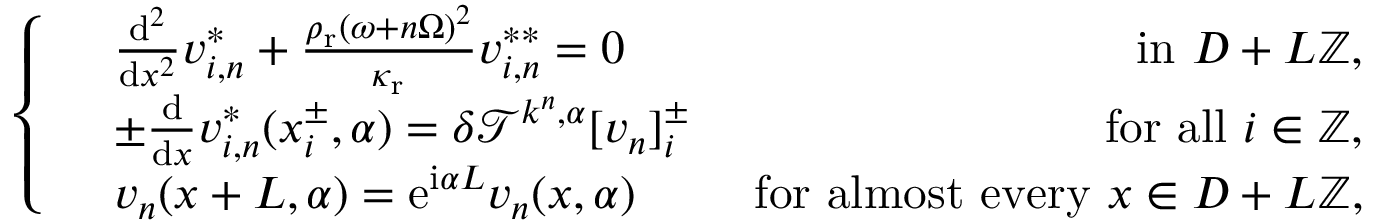
\left\{ \begin{array} { r l r } & { \frac { \mathrm { d } ^ { 2 } } { \mathrm { d } x ^ { 2 } } v _ { i , n } ^ { * } + \frac { \rho _ { \mathrm { r } } ( \omega + n \Omega ) ^ { 2 } } { \kappa _ { \mathrm { r } } } v _ { i , n } ^ { * * } = 0 } & { \mathrm { ~ i n ~ } D + L \mathbb { Z } , } \\ & { \pm \frac { \mathrm { d } } { \mathrm { d } x } v _ { i , n } ^ { * } ( x _ { i } ^ { \pm } , \alpha ) = \delta \mathcal { T } ^ { k ^ { n } , \alpha } [ v _ { n } ] _ { i } ^ { \pm } } & { \mathrm { ~ f o r ~ a l l ~ } i \in \mathbb { Z } , } \\ & { v _ { n } ( x + L , \alpha ) = \mathrm { e } ^ { \mathrm { i } \alpha L } v _ { n } ( x , \alpha ) } & { \mathrm { ~ f o r ~ a l m o s t ~ e v e r y ~ } x \in D + L \mathbb { Z } , } \end{array} \right.